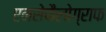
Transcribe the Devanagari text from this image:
एनसेफैलोग्राफ